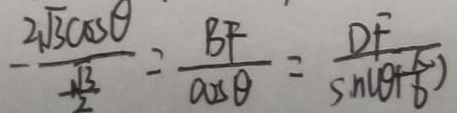
- \frac { 2 \sqrt { 3 } \cos \theta } { \frac { \sqrt { 3 } } { 2 } } = \frac { B F } { \cos \theta } = \frac { D F } { \sin ( \theta + \frac { \pi } { 6 } ) }